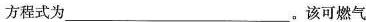
方程式为___。该可燃气